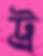
ট্র